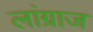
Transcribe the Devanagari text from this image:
लांग्राज